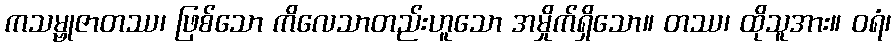
ကသမ္ဗုဇာတဿ၊ ဖြစ်သော ကိလေသာတည်းဟူသော အမှိုက်ရှိသော။ တဿ၊ ထိုသူအား။ ဝရံ၊